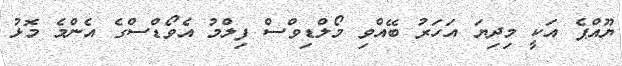
ޔޫއްޕެ އަކީ މިދިޔަ އަހަރު ބޭއްވި މޯލްޑިވްސް ފިލްމު އެވޯޑްސްގެ އެންމެ މޮޅު